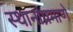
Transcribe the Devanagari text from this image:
स्थानांप्रमाणे